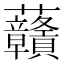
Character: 𧆐